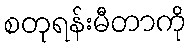
စတုရန်းမီတာကို